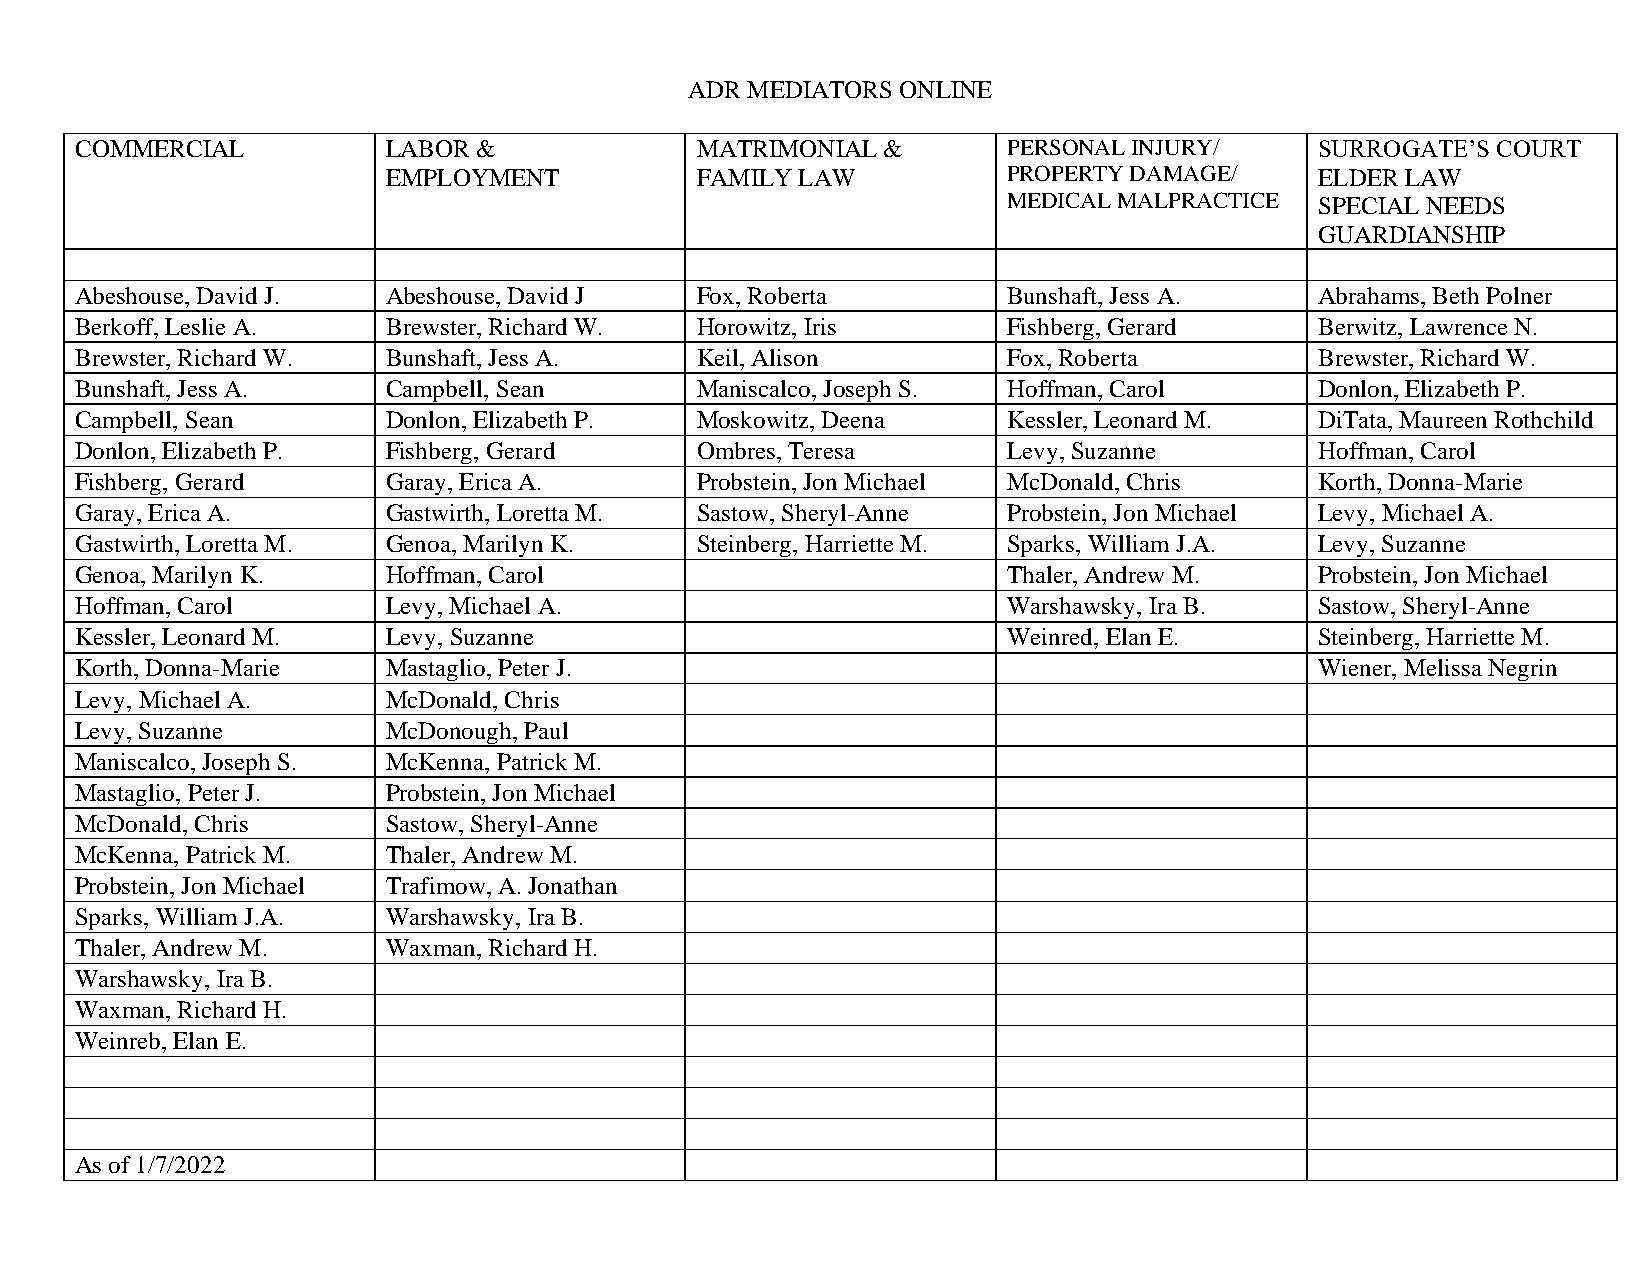
ADR MEDIATORS ONLINE
 COMMERCIAL           LABOR &             MATRIMONIAL &        PERSONAL INJURY/    SURROGATE’S COURT
 EMPLOYMENT          FAMILY LAW           PROPERTY DAMAGE/    ELDER LAW
 MEDICAL MALPRACTICE SPECIAL NEEDS
 GUARDIANSHIP
 Abeshouse, David J.  Abeshouse, David J  Fox, Roberta         Bunshaft, Jess A.   Abrahams, Beth Polner
 Berkoff, Leslie A.   Brewster, Richard W. Horowitz, Iris      Fishberg, Gerard    Berwitz, Lawrence N.
 Brewster, Richard W. Bunshaft, Jess A.   Keil, Alison         Fox, Roberta        Brewster, Richard W.
 Bunshaft, Jess A.    Campbell, Sean      Maniscalco, Joseph S. Hoffman, Carol     Donlon, Elizabeth P.
 Campbell, Sean       Donlon, Elizabeth P. Moskowitz, Deena    Kessler, Leonard M. DiTata, Maureen Rothchild
 Donlon, Elizabeth P. Fishberg, Gerard    Ombres, Teresa       Levy, Suzanne       Hoffman, Carol
 Fishberg, Gerard     Garay, Erica A.     Probstein, Jon Michael McDonald, Chris   Korth, Donna-Marie
 Garay, Erica A.      Gastwirth, Loretta M. Sastow, Sheryl-Anne Probstein, Jon Michael Levy, Michael A.
 Gastwirth, Loretta M. Genoa, Marilyn K.  Steinberg, Harriette M. Sparks, William J.A. Levy, Suzanne
 Genoa, Marilyn K.    Hoffman, Carol                           Thaler, Andrew M.   Probstein, Jon Michael
 Hoffman, Carol       Levy, Michael A.                         Warshawsky, Ira B.  Sastow, Sheryl-Anne
 Kessler, Leonard M.  Levy, Suzanne                            Weinred, Elan E.    Steinberg, Harriette M.
 Korth, Donna-Marie   Mastaglio, Peter J.                                          Wiener, Melissa Negrin
 Levy, Michael A.     McDonald, Chris
 Levy, Suzanne        McDonough, Paul
 Maniscalco, Joseph S. McKenna, Patrick M.
 Mastaglio, Peter J.  Probstein, Jon Michael
 McDonald, Chris      Sastow, Sheryl-Anne
 McKenna, Patrick M.  Thaler, Andrew M.
 Probstein, Jon Michael Trafimow, A. Jonathan
 Sparks, William J.A. Warshawsky, Ira B.
 Thaler, Andrew M.    Waxman, Richard H.
 Warshawsky, Ira B.
 Waxman, Richard H.
 Weinreb, Elan E.
 As of 1/7/2022